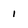
Character: 1